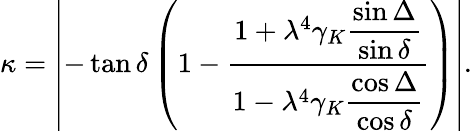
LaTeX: {\kappa}=\left|-\tan{\delta}\left(1-\frac{1+{\lambda}^{4}{\gamma}_{K}\displaystyle{\frac{\sin{\Delta}}{\sin{\delta}}}}{1-{\lambda}^{4}{\gamma}_{K}\displaystyle{\frac{\cos{\Delta}}{\cos{\delta}}}}\right)\right|.